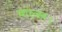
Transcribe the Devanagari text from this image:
बाल्ख।